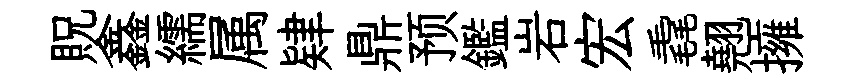
貺鑫繻属肄鼎预鑑岩宏毳翹擁